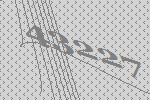
43227